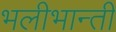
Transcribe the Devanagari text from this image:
भलीभान्ती